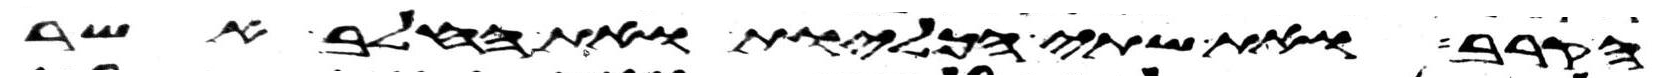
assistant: הקרב ואת שתי הכליות ואת החלב אשר